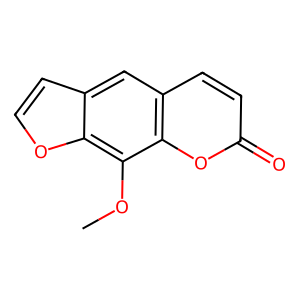
SMILES: COc1c2occc2cc2ccc(=O)oc12
Inhibits HIV replication: No